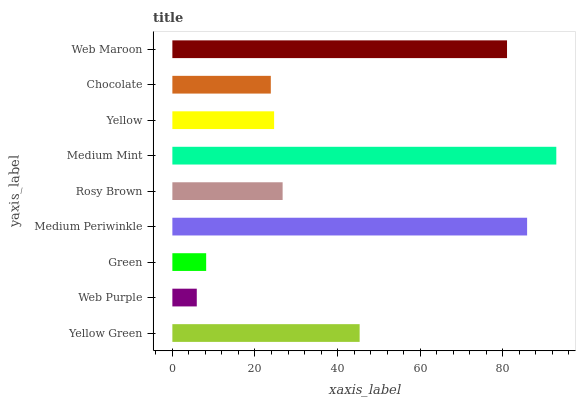
| yaxis_label | bars |
 | --- | --- |
 | Yellow Green | 45.3 |
 | Web Purple | 5.91 |
 | Green | 8.18 |
 | Medium Periwinkle | 85.9 |
 | Rosy Brown | 26.7 |
 | Medium Mint | 92.9 |
 | Yellow | 24.6 |
 | Chocolate | 23.8 |
 | Web Maroon | 81 |